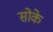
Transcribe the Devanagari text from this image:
सोके